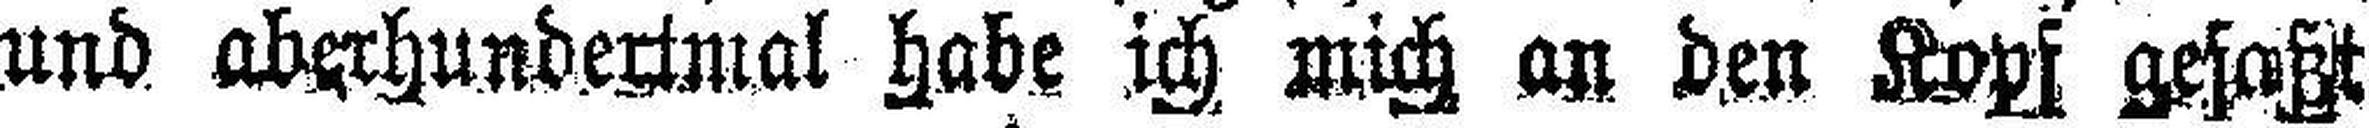
und aberhundertmal habe ich mich an den Kopf gefaßt